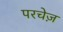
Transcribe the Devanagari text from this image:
परचेज़